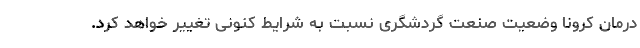
درمان کرونا وضعیت صنعت گردشگری نسبت به شرایط کنونی تغییر خواهد کرد.